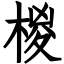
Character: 椶